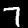
Digit: 7